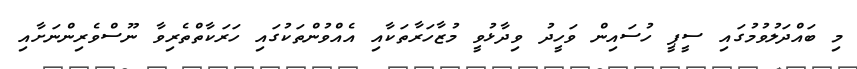
މި ބައްދަލުވުމުގައި ސީޕީ ހުސައިން ވަހީދު ވިދާޅުވީ މުޒާހަރާތަކާއި އެއްވުންތަކުގައި ހަރަކާތްތެރިވާ ނޫސްވެރިންނަށާއި